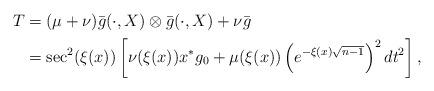
LaTeX: \begin{align*} \begin{aligned} T&=(\mu+\nu)\bar{g}(\cdot,X)\otimes\bar{g}(\cdot,X)+\nu\bar{g}\\ &=\sec^2(\xi(x))\left[\nu(\xi(x)) x^*g_0+\mu(\xi(x))\left(e^{-\xi(x)\sqrt{n-1}}\right)^2dt^2\right], \end{aligned} \end{align*}